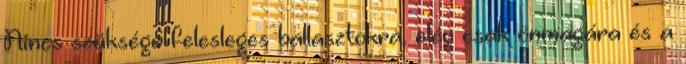
Nincs szüksége felesleges ballasztokra, elég csak önmagára és a